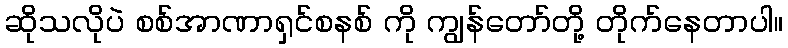
ဆိုသလိုပဲ စစ်အာဏာရှင်စနစ် ကို ကျွန်တော်တို့ တိုက်နေတာပါ။